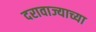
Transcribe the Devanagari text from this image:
दरावाज्याच्या